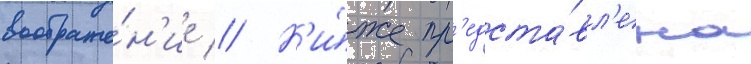
воображе́н'ие // Н'и́же пр'едста́вл'ена